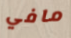
مافي